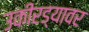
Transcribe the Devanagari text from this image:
उकीरड्यावर